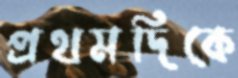
প্রথমদিকে